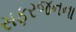
સફરજનના